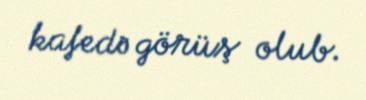
kafedə görüş olub.